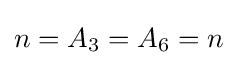
n=A_{3}=A_{6}=n